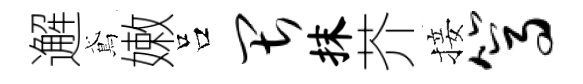
邂鳶嫩吕畏抹芥接篙